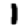
Digit: 1